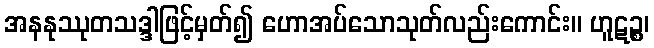
အနနုဿုတသဒ္ဒါဖြင့်မှတ်၍ ဟောအပ်သောသုတ်လည်းကောင်း။ ဟူဋဉ္စ၊